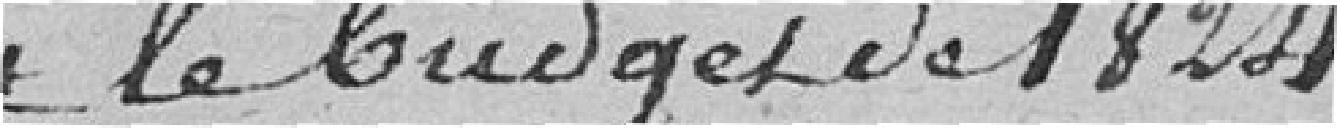
le budget de 1824